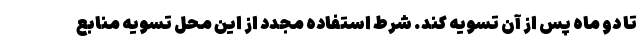
تا دو ماه پس از آن تسویه کند. شرط استفاده مجدد از این محل تسویه منابع